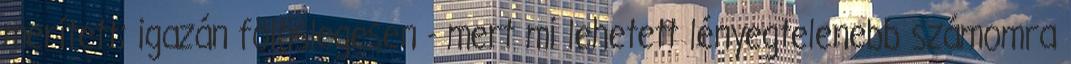
merített; igazán fölöslegesen - mert mi lehetett lényegtelenebb számomra